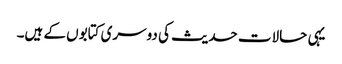
یہی حالات حدیث کی دوسری کتابوں کے ہیں۔